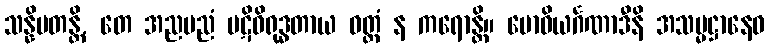
သန္နိပတန္တိ, တေ အညမညံ ပဋိဝိရုဒ္ဓတာယ ဝတ္တံ န ကရောန္တိ။ ဗောဓိယင်္ဂဏာဒီနိ အသမ္မဋ္ဌာနေဝ